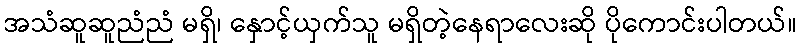
အသံဆူဆူညံညံ မရှိ၊ နှောင့်ယှက်သူ မရှိတဲ့နေရာလေးဆို ပိုကောင်းပါတယ်။